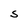
Character: S